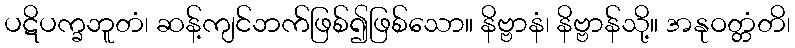
ပဋိပက္ခဘူတံ၊ ဆန့်ကျင်ဘက်ဖြစ်၍ဖြစ်သော။ နိဗ္ဗာနံ၊ နိဗ္ဗာန်သို့။ အနုဝတ္တံတိ၊